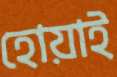
হোয়াই